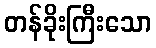
တန်ခိုးကြီးသော